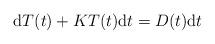
LaTeX: \begin{align*}\mathrm{d}{T}(t)+KT(t)\mathrm{d}t=D(t)\mathrm{d}t\end{align*}